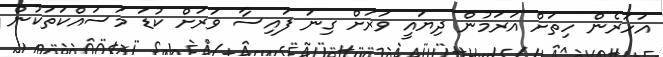
އަހަރެން ހިތަށް އަރަމުން ދިޔައީ ވަރަށް ގިނަ ފައިސާ ވަރަށް ކުޑަ މަސައްކަތަކުން